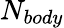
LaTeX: N_{body}